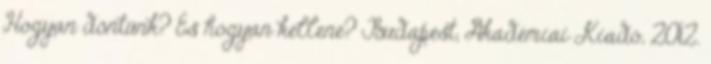
Hogyan döntünk? És hogyan kellene? Budapest, Akadémiai Kiadó, 2012.